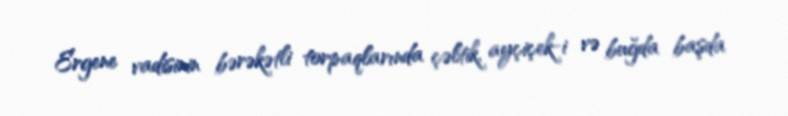
Ergene vadisinin bərəkətli torpaqlarında çəltik, ayçiçek-i və buğda başda